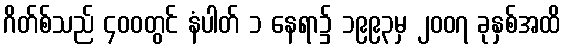
ဂိတ်စ်သည် ၄၀၀တွင် နံပါတ် ၁ နေရာ၌ ၁၉၉၃မှ ၂၀၀၇ ခုနှစ်အထိ